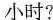
小时？